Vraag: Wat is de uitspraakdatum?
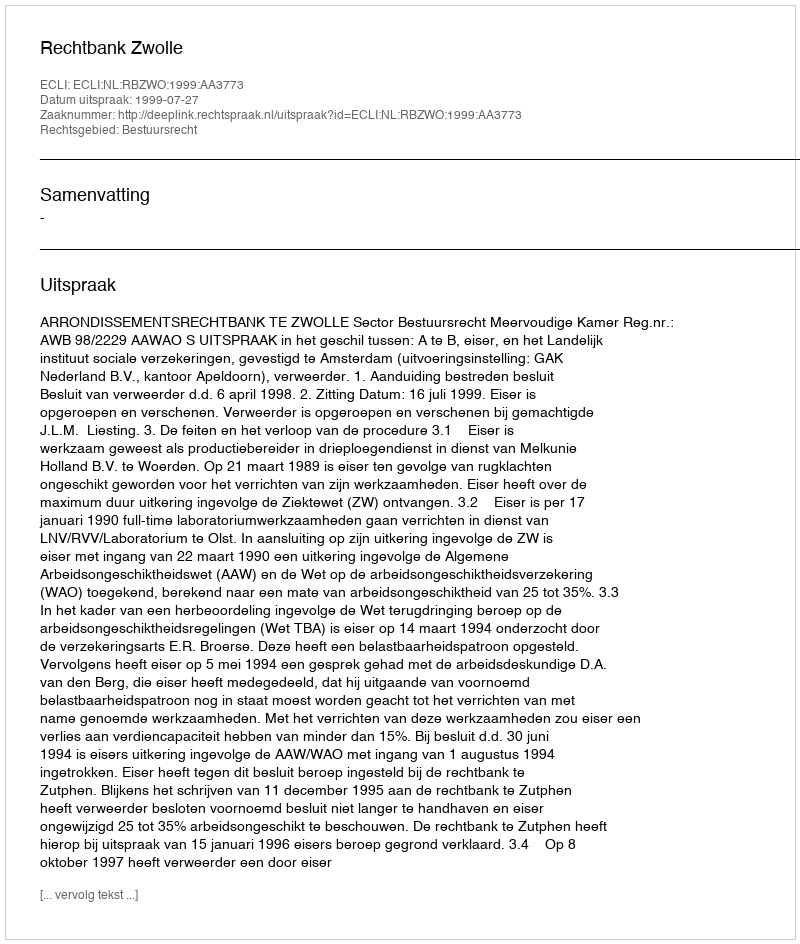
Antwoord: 1999-07-27